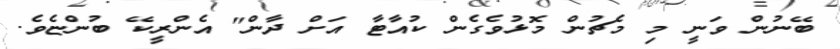
ބޭނުން ވަނީ މި މެޗުން މޮޅުވެގެން ކުއާޓާ އަށް ދާން" އެންރީކޭ ބުންޏެވެ.